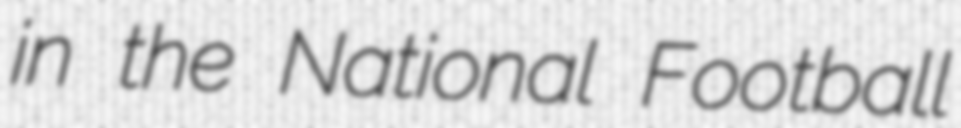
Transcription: in the National Football